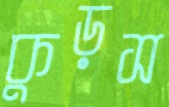
কুড়স